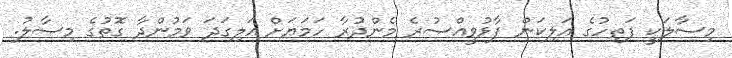
މިސާލަކީ ފަތިހުގެ އަލިކަން ފާޅުވީއްސުރެ މެންދުރާ ހަމަޔަށް އަލިގަދަ ވަމުންދާ ގޮތުގެ މިސާލު.